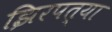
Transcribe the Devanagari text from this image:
झिरपत्या